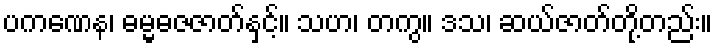
ပကဏေန၊ ဓမ္မဓဇဇာတ်နှင့်။ သဟ၊ တကွ။ ဒသ၊ ဆယ်ဇာတ်တို့တည်း။